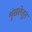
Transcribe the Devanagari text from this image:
शृंखलेतून